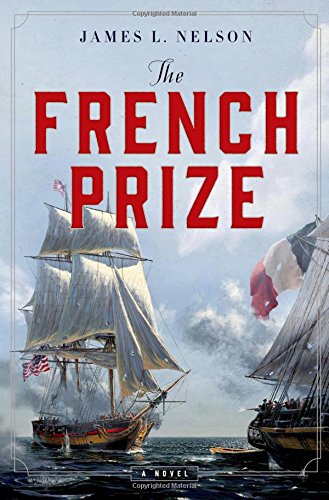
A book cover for The French Prize: A Novel; James L. Nelson; Literature & Fiction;